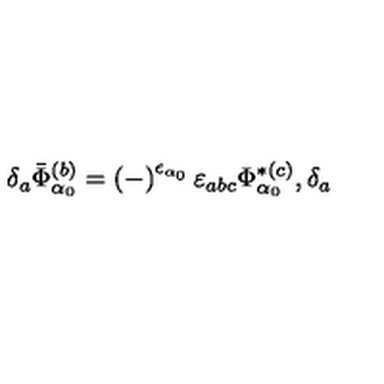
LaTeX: \delta _ { a } \bar { \Phi } _ { \alpha _ { 0 } } ^ { ( b ) } = \left( - \right) ^ { \epsilon _ { \alpha _ { 0 } } } \varepsilon _ { a b c } \Phi _ { \alpha _ { 0 } } ^ { * ( c ) } , \delta _ { a }